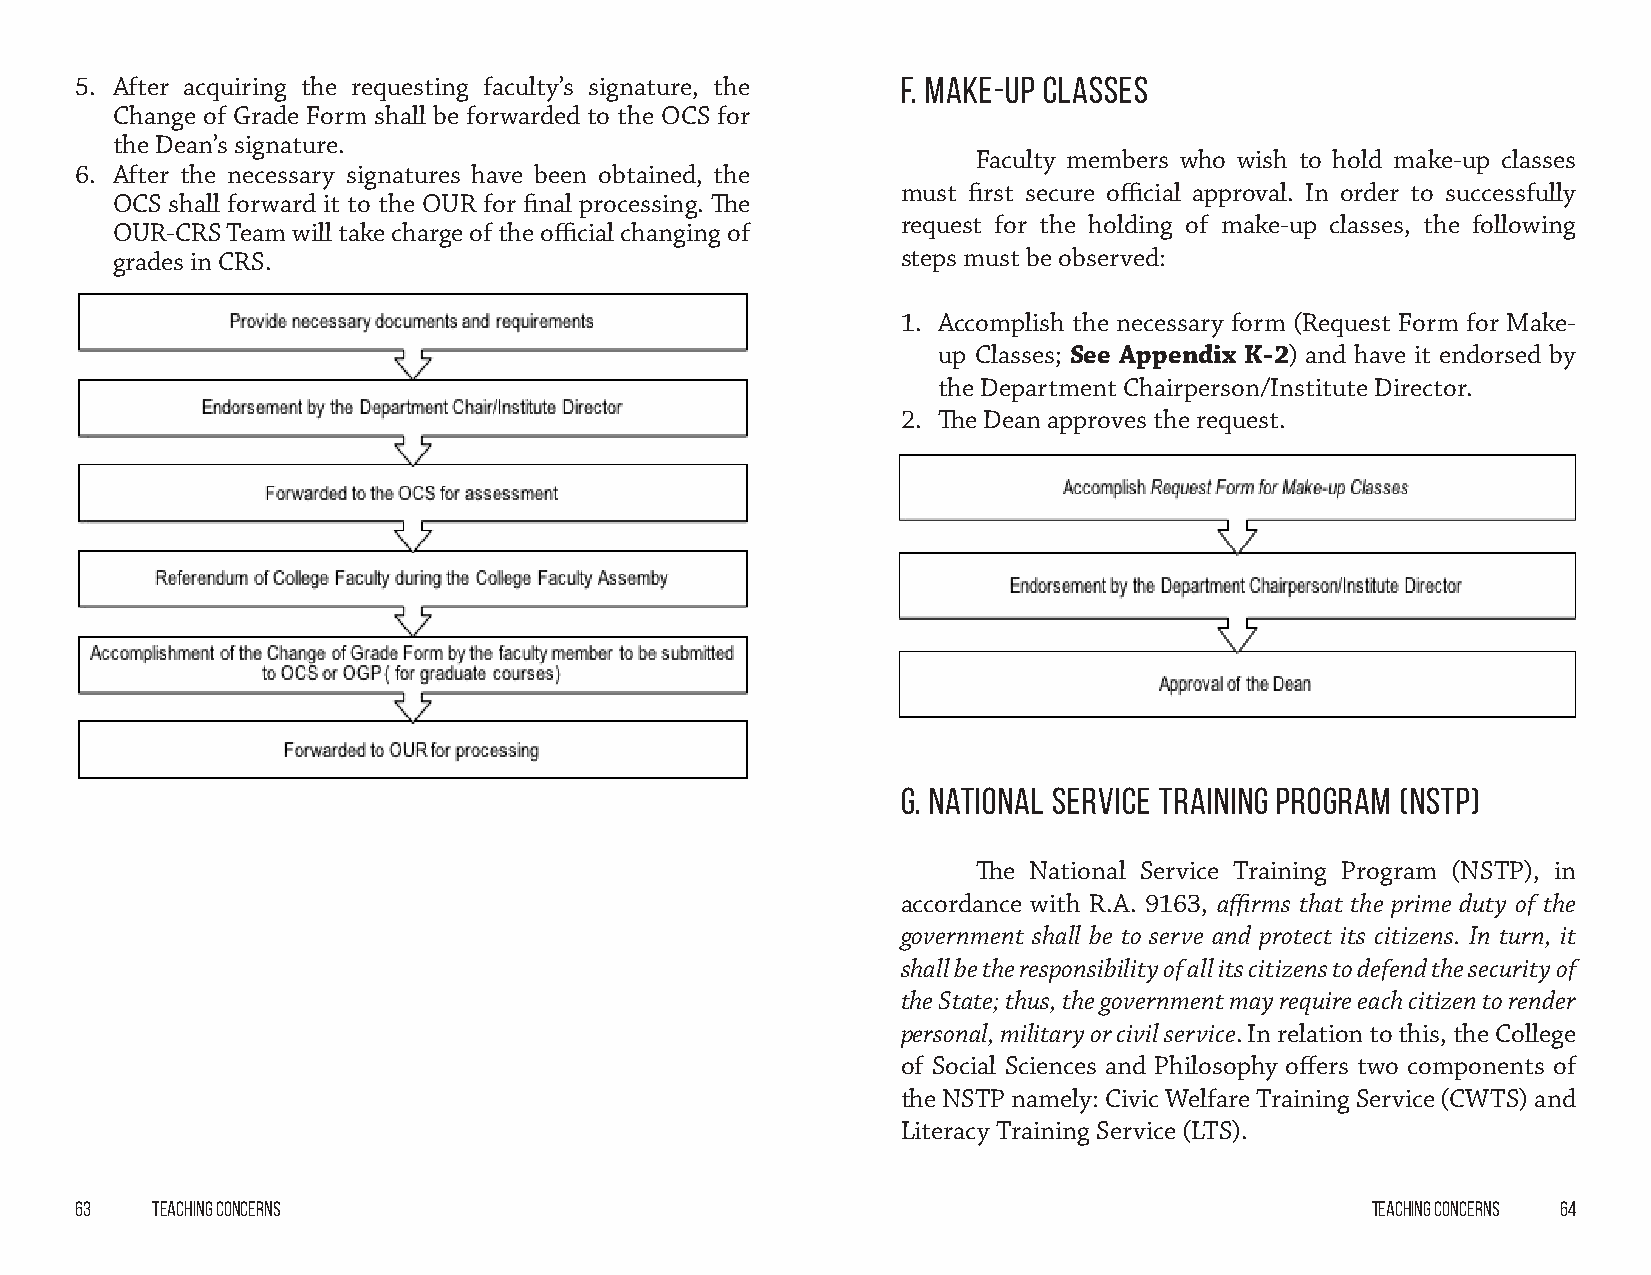
5. After acquiring the requesting faculty’s signature, the F. Make-up Classes
 Change of Grade Form shall be forwarded to the OCS for
 the Dean’s signature.
 Faculty members who wish to hold make-up classes
 6. After the necessary signatures have been obtained, the
 must first secure official approval. In order to successfully
 OCS shall forward it to the OUR for final processing. The
 request for the holding of make-up classes, the following
 OUR-CRS Team will take charge of the official changing of
 grades in CRS.                                       steps must be observed:
 1. Accomplish the necessary form (Request Form for Make-
 up Classes; See Appendix K-2) and have it endorsed by
 the Department Chairperson/Institute Director.
 2. The Dean approves the request.
 G. National Service Training Program (NSTP)
 The National Service Training Program (NSTP), in
 accordance with R.A. 9163, affirms that the prime duty of the
 government shall be to serve and protect its citizens. In turn, it
 shall be the responsibility of all its citizens to defend the security of
 the State; thus, the government may require each citizen to render
 personal, military or civil service. In relation to this, the College
 of Social Sciences and Philosophy offers two components of
 the NSTP namely: Civic Welfare Training Service (CWTS) and
 Literacy Training Service (LTS).
 63   Teaching Concerns                                                                Teaching Concerns 64